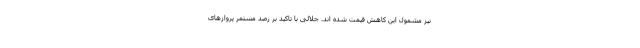
نیز مشمول این کاهش قیمت شده اند. جلالی با تاکید بر رصد مستمر پروازهای